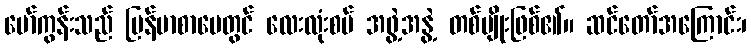
မော်ကွန်းသည် မြန်မာစာပေတွင် လေးလုံးစပ် အဖွဲ့အနွဲ့ တစ်မျိုးဖြစ်၏။ ဆင်တော်အကြောင်း၊